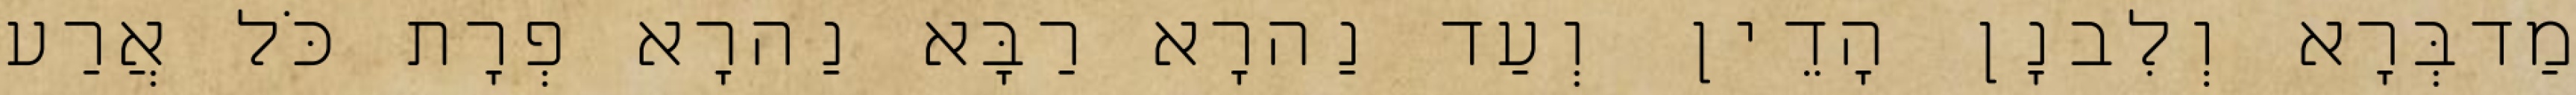
מַדבְּרָא וְלִבנָן הָדֵין וְעַד נַהרָא רַבָּא נַהרָא פְרָת כֹּל אֲרַע